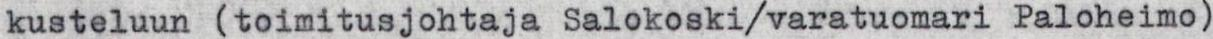
kusteluun (toimitusjohtaja Salokoski/varatuomari Paloheimo)